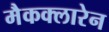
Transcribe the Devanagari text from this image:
मैकक्लारेन